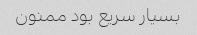
بسیار سریع بود ممنون